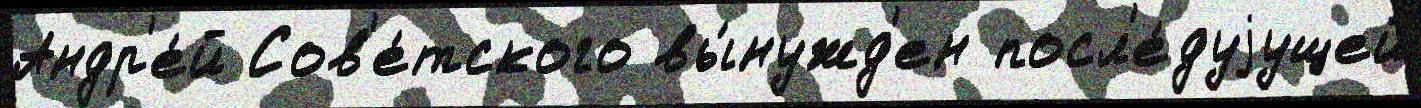
Андр'е́й Сов'е́тского вы́нужд'ен посл'е́дуjущей